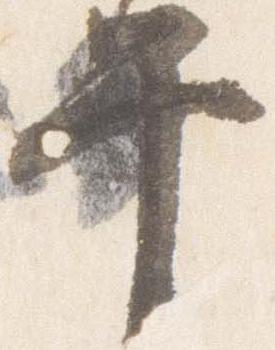
午